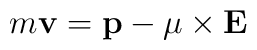
m{\bf v} ={\bf p} -{\bf \mu}\times {\bf E}